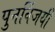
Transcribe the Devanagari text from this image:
पुनर्विजयी